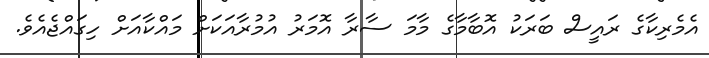
އެމެރިކާގެ ރައީސް ބަރަކު އޮބާމާގެ މާމަ ސާރާ އޮމަރު އުމުރާއަކަށް މައްކާއަށް ހިގައްޖެއެވެ.